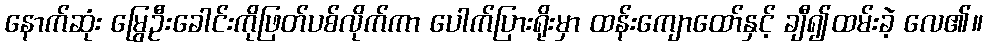
နောက်ဆုံး မြွေဦးခေါင်းကိုဖြတ်ပစ်လိုက်ကာ ပေါက်ပြားရိုးမှာ ထန်းကျောထော်နှင့် ချီ၍ထမ်းခဲ့ လေ၏။